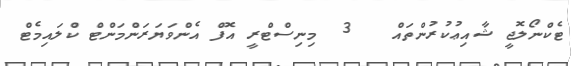
ޓެކްނޯލޮޖީ ޝާއިޢުކުރުންތައް   3  މިނިސްޓްރީ އޮފް އެންވަޔަރަންމަންޓް ކްލައިމެޓް